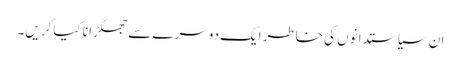
ان سیاستدانوں کی خاطر ایک دوسرے سے جھگڑا نا کیا کریں۔